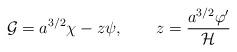
LaTeX: \begin{align*}{\cal G} = a^{3/2} \chi - z \psi, ~~~~~~z = \frac{a^{3/2} \varphi' }{{\cal H}}\end{align*}